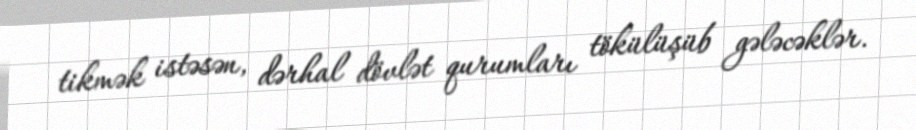
tikmək istəsən, dərhal dövlət qurumları tökülüşüb gələcəklər.